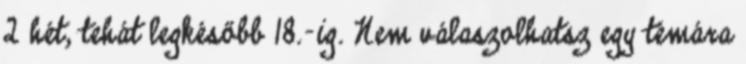
2 hét, tehát legkésőbb 18.-ig. Nem válaszolhatsz egy témára